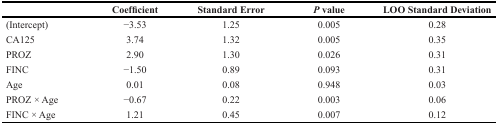
<table><thead><tr><td></td><td><b>Coefficient</b></td><td><b>Standard Error</b></td><td><b><i>P</i> value</b></td><td><b>LOO Standard Deviation</b></td></tr></thead><tbody><tr><td>(Intercept)</td><td>−3.53</td><td>1.25</td><td>0.005</td><td>0.28</td></tr><tr><td>CA125</td><td>3.74</td><td>1.32</td><td>0.005</td><td>0.35</td></tr><tr><td>PROZ</td><td>2.90</td><td>1.30</td><td>0.026</td><td>0.31</td></tr><tr><td>FINC</td><td>−1.50</td><td>0.89</td><td>0.093</td><td>0.31</td></tr><tr><td>Age</td><td>0.01</td><td>0.08</td><td>0.948</td><td>0.03</td></tr><tr><td>PROZ × Age</td><td>−0.67</td><td>0.22</td><td>0.003</td><td>0.06</td></tr><tr><td>FINC × Age</td><td>1.21</td><td>0.45</td><td>0.007</td><td>0.12</td></tr></tbody></table>